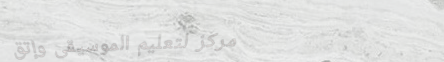
مركز لتعليم الموسيقى وإتق